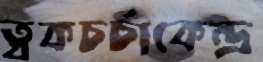
ত্বকচর্চাকেন্দ্র